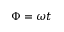
\Phi = \omega t